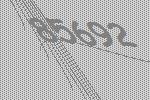
85692